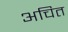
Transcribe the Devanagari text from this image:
अचित